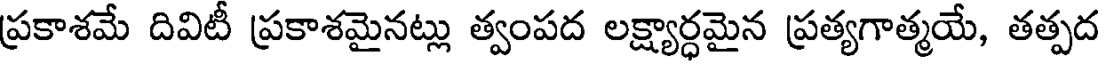
ప్రకాశమే దివిటీ ప్రకాశమైనట్లు త్వంపద లక్ష్యార్ధమైన ప్రత్యగాత్మయే, తత్పద